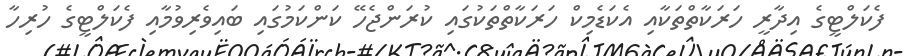
ފެކަލްޓީގެ އިދާރީ ހަރަކާތްތަކާއި އެކަޑެމިކް ހަރަކާތްތަކުގައި ކުރަންޖެހޭ ކަންކަމުގައި ބައިވެރިވުމާއި ފެކަލްޓީގެ ހުރިހާ